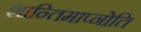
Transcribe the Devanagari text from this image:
शान्तिमाप्नोति